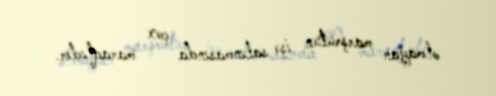
olmayan marşrutun işə salınmasında çox maraqlıdır.